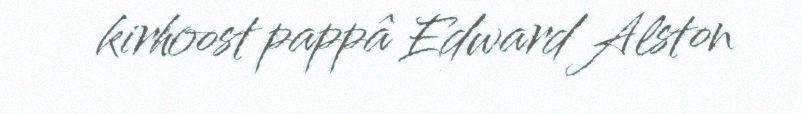
kirhoost pappâ Edward Alston